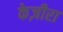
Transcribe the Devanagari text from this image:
केज़ीरा